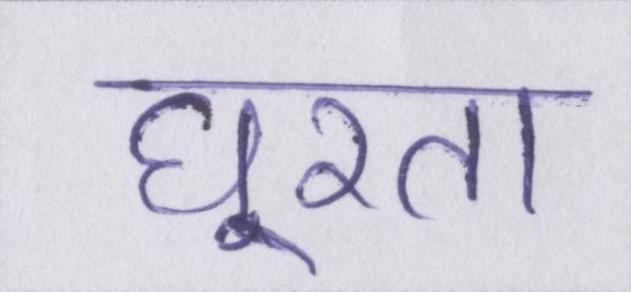
घूरता